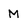
Character: M